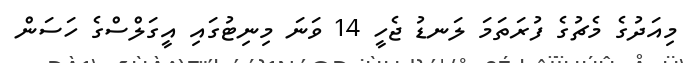
މިއަދުގެ މެޗުގެ ފުރަތަމަ ލަނޑު ޖެހީ 14 ވަނަ މިނިޓުގައި އީގަލްސްގެ ހަސަން